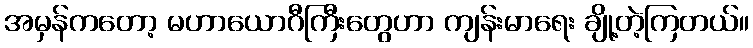
အမှန်ကတော့ မဟာယောဂီကြီးတွေဟာ ကျန်းမာရေး ချို့တဲ့ကြတယ်။